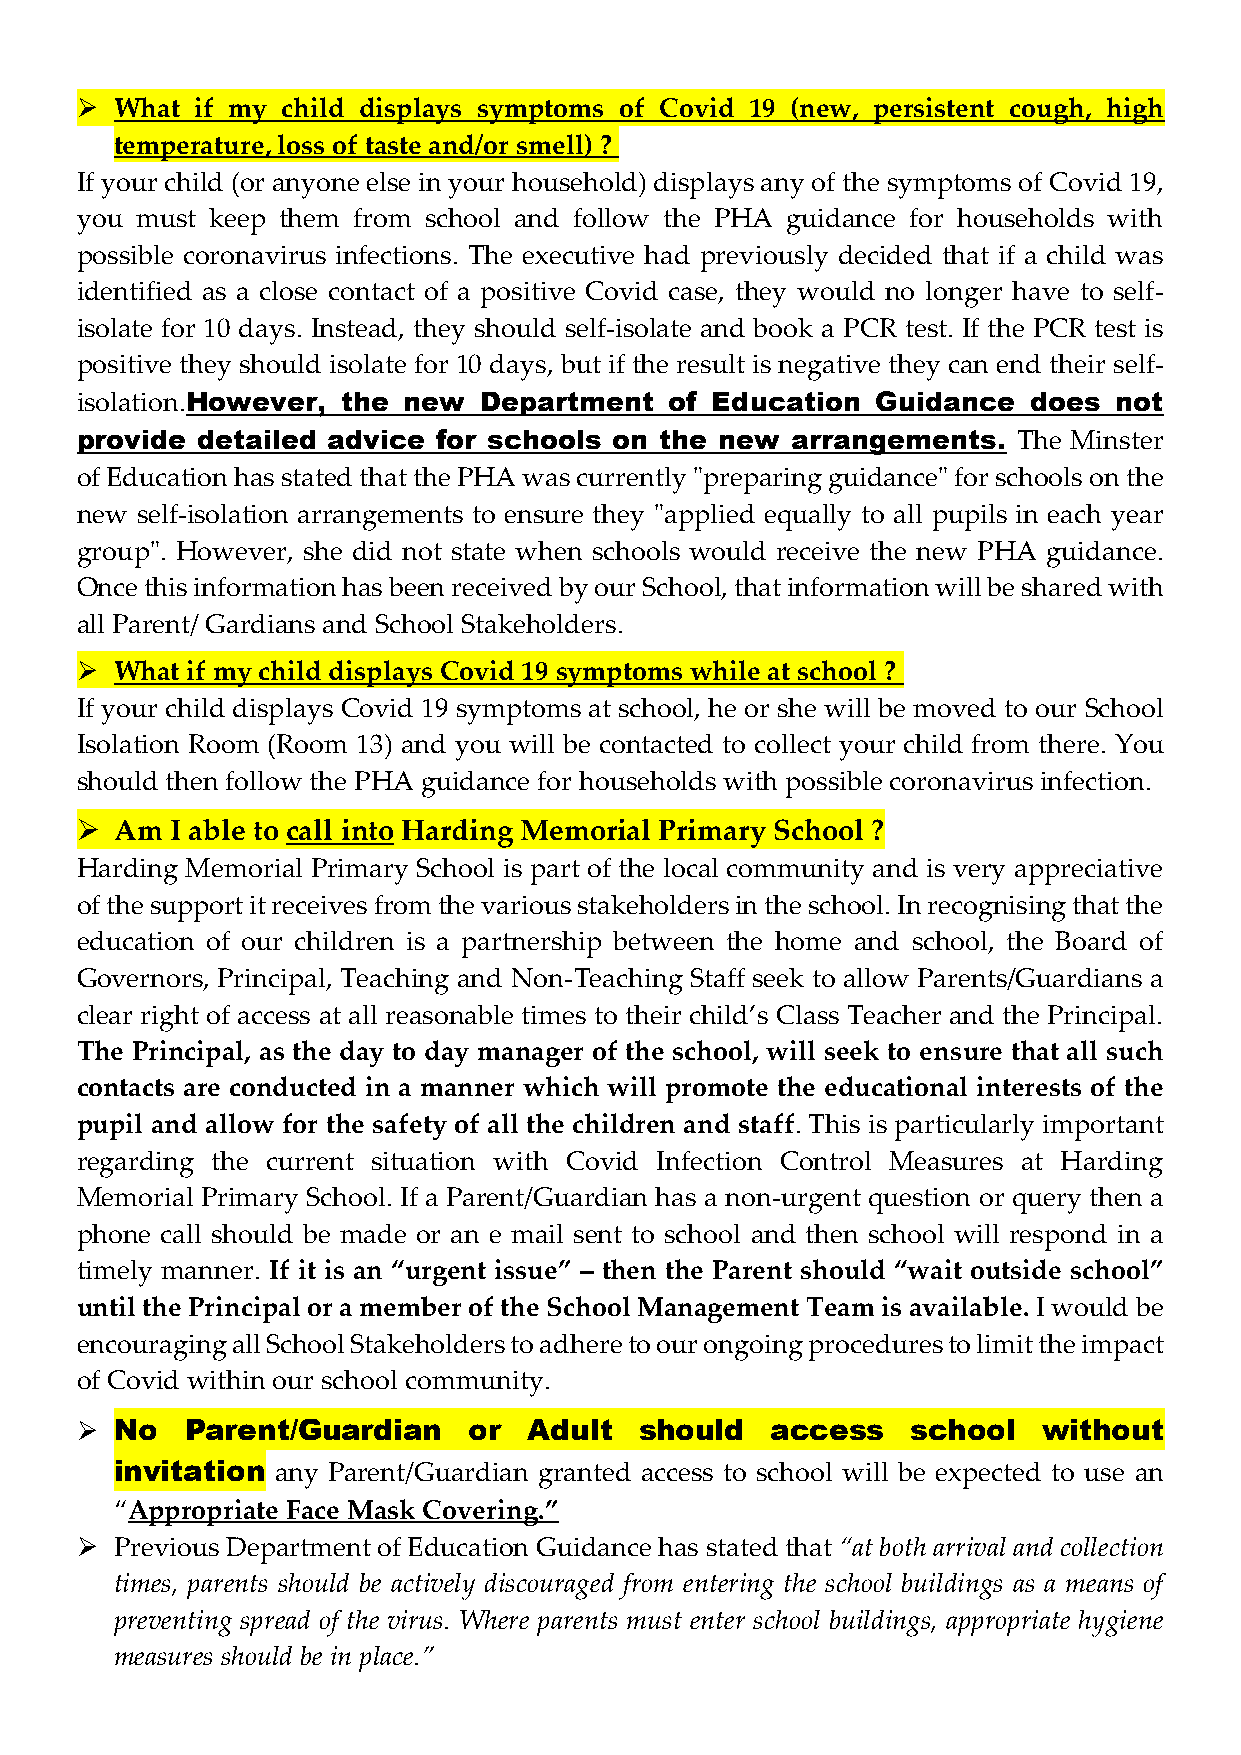
  What if my child displays symptoms of Covid 19 (new, persistent cough, high
 temperature, loss of taste and/or smell) ?
 If your child (or anyone else in your household) displays any of the symptoms of Covid 19,
 you must keep them from school and follow the PHA guidance for households with
 possible coronavirus infections. The executive had previously decided that if a child was
 identified as a close contact of a positive Covid case, they would no longer have to self-
 isolate for 10 days. Instead, they should self-isolate and book a PCR test. If the PCR test is
 positive they should isolate for 10 days, but if the result is negative they can end their self-
 isolation.However, the new Department  of Education  Guidance  does  not
 provide detailed advice for schools on the new arrangements.  The Minster
 of Education has stated that the PHA was currently "preparing guidance" for schools on the
 new self-isolation arrangements to ensure they "applied equally to all pupils in each year
 group". However, she did not state when schools would receive the new PHA guidance.
 Once this information has been received by our School, that information will be shared with
 all Parent/ Gardians and School Stakeholders.
   What if my child displays Covid 19 symptoms while at school ?
 If your child displays Covid 19 symptoms at school, he or she will be moved to our School
 Isolation Room (Room 13) and you will be contacted to collect your child from there. You
 should then follow the PHA guidance for households with possible coronavirus infection.
   Am I able to call into Harding Memorial Primary School ?
 Harding Memorial Primary School is part of the local community and is very appreciative
 of the support it receives from the various stakeholders in the school. In recognising that the
 education of our children is a partnership between the home and school, the Board of
 Governors, Principal, Teaching and Non-Teaching Staff seek to allow Parents/Guardians a
 clear right of access at all reasonable times to their child’s Class Teacher and the Principal.
 The Principal, as the day to day manager of the school, will seek to ensure that all such
 contacts are conducted in a manner which will promote the educational interests of the
 pupil and allow for the safety of all the children and staff. This is particularly important
 regarding the current situation with Covid Infection Control Measures at Harding
 Memorial Primary School. If a Parent/Guardian has a non-urgent question or query then a
 phone call should be made or an e mail sent to school and then school will respond in a
 timely manner. If it is an “urgent issue” – then the Parent should “wait outside school”
 until the Principal or a member of the School Management Team is available. I would be
 encouraging all School Stakeholders to adhere to our ongoing procedures to limit the impact
 of Covid within our school community.
   No  Parent/Guardian    or  Adult  should   access   school   without
 invitation any Parent/Guardian granted access to school will be expected to use an
 “Appropriate Face Mask Covering.”
   Previous Department of Education Guidance has stated that “at both arrival and collection
 times, parents should be actively discouraged from entering the school buildings as a means of
 preventing spread of the virus. Where parents must enter school buildings, appropriate hygiene
 measures should be in place.”